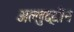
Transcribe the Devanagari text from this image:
अल्लुद्दीन